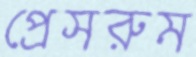
প্রেসরুম